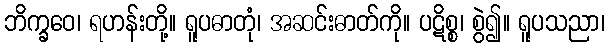
ဘိက္ခဝေ၊ ရဟန်းတို့။ ရူပဓာတုံ၊ အဆင်းဓာတ်ကို။ ပဋိစ္စ၊ စွဲ၍။ ရူပသညာ၊